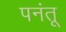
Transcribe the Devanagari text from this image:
पनंतू